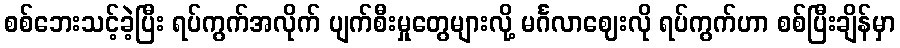
စစ်ဘေးသင့်ခဲ့ပြီး ရပ်ကွက်အလိုက် ပျက်စီးမှုတွေများလို့ မင်္ဂလာဈေးလို ရပ်ကွက်ဟာ စစ်ပြီးချိန်မှာ